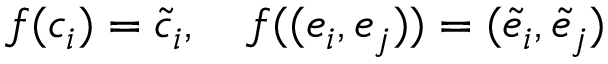
f ( c _ { i } ) = \tilde { c } _ { i } , \quad f ( ( e _ { i } , e _ { j } ) ) = ( \tilde { e } _ { i } , \tilde { e } _ { j } )